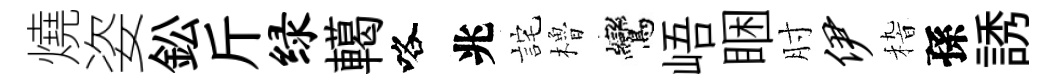
燒姿鈆斤绿轕咯兆詫櫓鸞峿睏肘伊𥟵孫誘